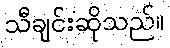
သီချင်းဆိုသည်။